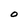
Character: O